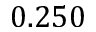
0 . 2 5 0